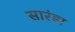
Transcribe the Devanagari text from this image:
सारंडा